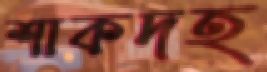
শাকদহ